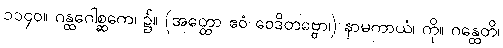
၁၁၄၀။ ဂန္ထဂေါစ္ဆကေ၊ ၌။ (အတ္ထော ဧဝံ ဝေဒိတဗ္ဗော၊) နာမကာယံ၊ ကို။ ဂန္ထေတိ၊